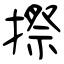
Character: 摖